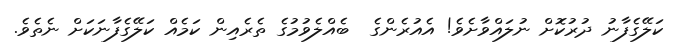
ކަލޭގެފާނު ދުރުކޮށް ނުލައްވާށެވެ! އެއުރެންގެ  ބެއްލެވުމުގެ ތެރެއިން ކަމެއް ކަލޭގެފާނަކަށް ނެތެވެ.